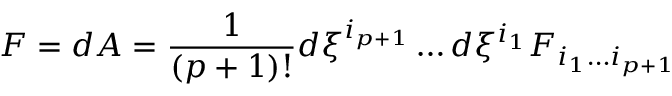
F = d A = { \frac { 1 } { ( p + 1 ) ! } } d \xi ^ { i _ { p + 1 } } \dots d \xi ^ { i _ { 1 } } F _ { i _ { 1 } \dots i _ { p + 1 } }